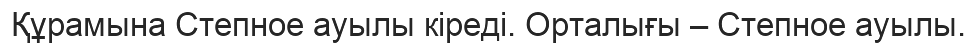
Құрамына Степное ауылы кіреді. Орталығы – Степное ауылы.